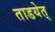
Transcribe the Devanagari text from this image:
ताडयेत्